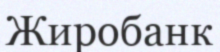
Жиробанк